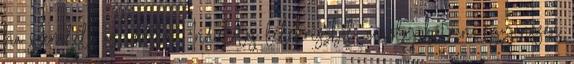
ha szemléli az ideákat. Indulatos lélekrészből, amely bátran, egyenesen